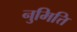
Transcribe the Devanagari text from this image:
नुमित्ति